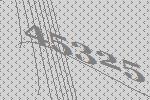
45325